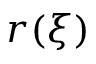
r ( \xi )